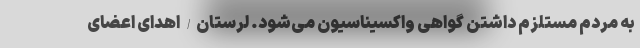
به مردم مستلزم داشتن گواهی واکسیناسیون می‌شود. لرستان/ اهدای اعضای